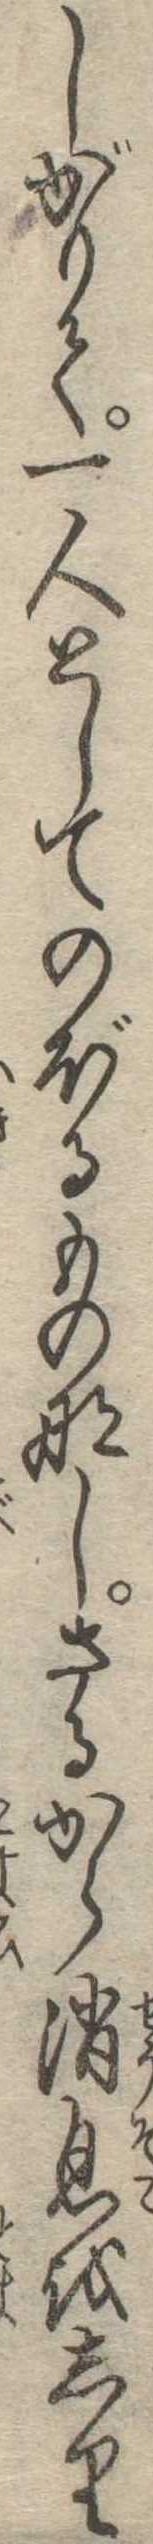
しがりて一人としてのぼるものなしさるから消息をしり